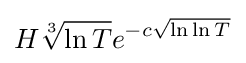
H{\sqrt[{3}]{\ln T}}e^{-c{\sqrt {\ln \ln T}}}